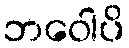
ဘဝေါပိ